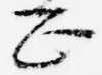
正